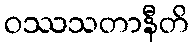
ဝဿသတာနီတိ